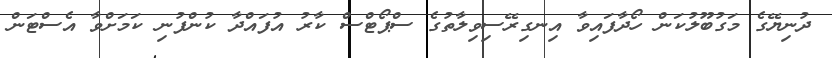
ދުނިޔޭގެ މަގުބޫލުކަން ހޯދާފައިވާ އިނގިރޭސިވިލާތުގެ ސްޕޯޓްސް ކާރު އުފައްދާ ކުންފުނި ކަމަށްވާ އެސްޓަން